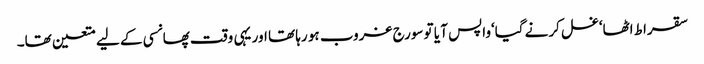
سقراط اٹھا‘غسل کرنے گیا‘واپس آ یا تو سورج غروب ہو رہا تھا اور یہی وقت پھانسی کے لیے متعین تھا۔